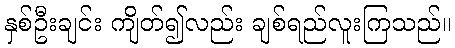
နှစ်ဦးချင်း ကျိတ်၍လည်း ချစ်ရည်လူးကြသည်။